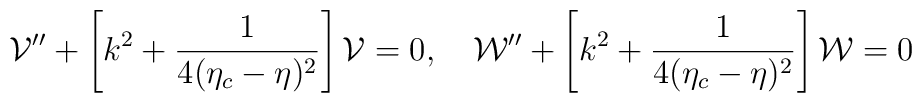
{\cal V}'' + \left[k^2 + \frac{1}{4(\eta_c-\eta)^2}\right]{\cal V}=0,~~~{\cal W}'' + \left[k^2 + \frac{1}{4(\eta_c-\eta)^2}\right]{\cal W}=0